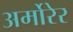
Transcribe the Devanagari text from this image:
अर्मोरेर